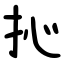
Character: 抋